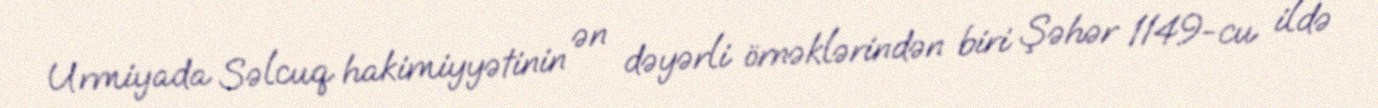
Urmiyada Səlcuq hakimiyyətinin ən dəyərli örnəklərindən biri Şəhər 1149-cu ildə